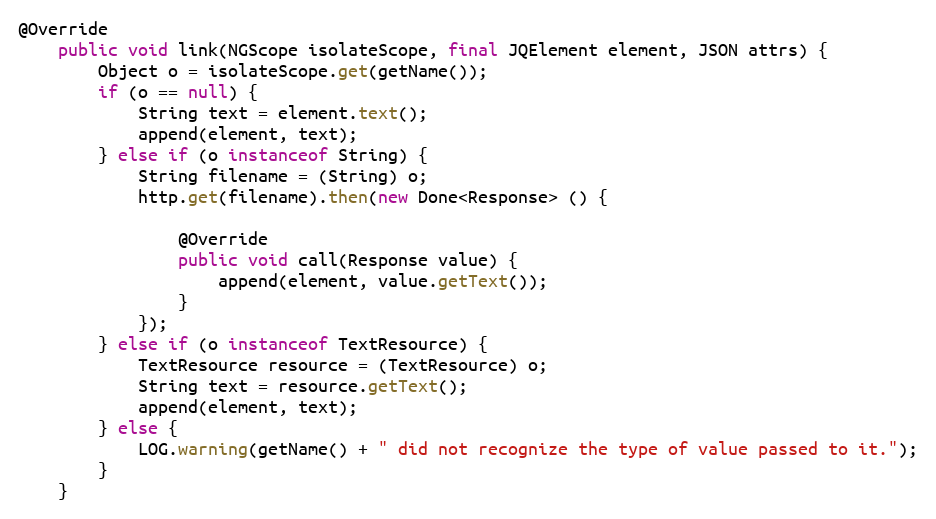
Language: Java
@Override
    public void link(NGScope isolateScope, final JQElement element, JSON attrs) {
        Object o = isolateScope.get(getName());
        if (o == null) {
            String text = element.text();
            append(element, text);
        } else if (o instanceof String) {
            String filename = (String) o;
            http.get(filename).then(new Done<Response> () {

                @Override
                public void call(Response value) {
                    append(element, value.getText());
                }
            });
        } else if (o instanceof TextResource) {
            TextResource resource = (TextResource) o;
            String text = resource.getText();
            append(element, text);
        } else {
            LOG.warning(getName() + " did not recognize the type of value passed to it.");
        }
    }